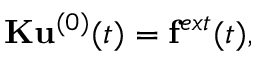
{ \mathbf { \mathbf { \mathbf { K } } } } { \mathbf { \mathbf { \mathbf { u } } } } ^ { ( 0 ) } ( t ) = { \mathbf { \mathbf { \mathbf { f } } } } ^ { e x t } ( t ) ,